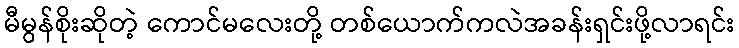
မီမွန်စိုးဆိုတဲ့ ကောင်မလေးတို့ တစ်ယောက်ကလဲအခန်းရှင်းဖို့လာရင်း